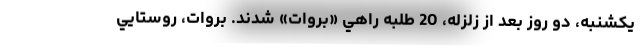
يكشنبه، دو روز بعد از زلزله، 20 طلبه راهي «بروات» شدند. بروات، روستايي